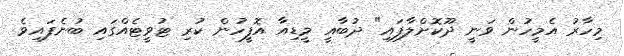
މިހާރު އެމީހުން ވަނީ ދޫކޮށްލާފައި" ދުބާއީ މީޑިއާ އޮފީހުން ކުރި ޓުވީޓެއްގައި ބުނެފައިވެ